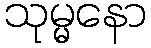
သုမ္မနော